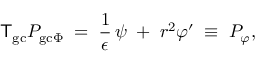
{ \sf T } _ { \mathrm { g c } } P _ { \mathrm { g c } \Phi } \; = \; \frac { 1 } { \epsilon } \, \psi \; + \; r ^ { 2 } \varphi ^ { \prime } \; \equiv \; P _ { \varphi } ,